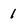
Character: 1